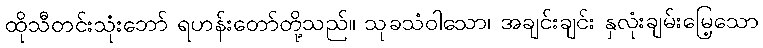
ထိုသီတင်းသုံးဘော် ရဟန်းတော်တို့သည်။ သုခသံဝါသော၊ အချင်းချင်း နှလုံးချမ်းမြေ့သော